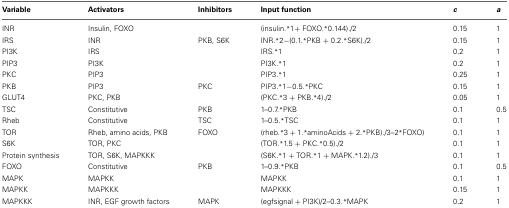
<table><thead><tr><td><b>Variable</b></td><td><b>Activators</b></td><td><b>Inhibitors</b></td><td><b>Input function</b></td><td><b><i>c</i></b></td><td><b><i>a</i></b></td></tr></thead><tbody><tr><td>INR</td><td>Insulin, FOXO</td><td></td><td>(insulin.<sup>*</sup>1+ FOXO.<sup>*</sup>0.144)./2</td><td>0.15</td><td>1</td></tr><tr><td>IRS</td><td>INR</td><td>PKB, S6K</td><td>INR.<sup>*</sup>2−(0.1.<sup>*</sup>PKB + 0.2.<sup>*</sup>S6K)./2</td><td>0.15</td><td>1</td></tr><tr><td>PI3K</td><td>IRS</td><td></td><td>IRS.<sup>*</sup>1</td><td>0.2</td><td>1</td></tr><tr><td>PIP3</td><td>PI3K</td><td></td><td>PI3K.<sup>*</sup>1</td><td>0.2</td><td>1</td></tr><tr><td>PKC</td><td>PIP3</td><td></td><td>PIP3.<sup>*</sup>1</td><td>0.25</td><td>1</td></tr><tr><td>PKB</td><td>PIP3</td><td>PKC</td><td>PIP3.<sup>*</sup>1−0.5.<sup>*</sup>PKC</td><td>0.15</td><td>1</td></tr><tr><td>GLUT4</td><td>PKC, PKB</td><td></td><td>(PKC.<sup>*</sup>3 + PKB.<sup>*</sup>4)./2</td><td>0.05</td><td>1</td></tr><tr><td>TSC</td><td>Constitutive</td><td>PKB</td><td>1–0.7.<sup>*</sup>PKB</td><td>0.1</td><td>0.5</td></tr><tr><td>Rheb</td><td>Constitutive</td><td>TSC</td><td>1–0.5.<sup>*</sup>TSC</td><td>0.1</td><td>1</td></tr><tr><td>TOR</td><td>Rheb, amino acids, PKB</td><td>FOXO</td><td>(rheb.<sup>*</sup>3 + 1.<sup>*</sup>aminoAcids + 2.<sup>*</sup>PKB)./3–2<sup>*</sup>FOXO)</td><td>0.1</td><td>1</td></tr><tr><td>S6K</td><td>TOR, PKC</td><td></td><td>(TOR.<sup>*</sup>1.5 + PKC.<sup>*</sup>0.5)./2</td><td>0.1</td><td>1</td></tr><tr><td>Protein synthesis</td><td>TOR, S6K, MAPKKK</td><td></td><td>(S6K.<sup>*</sup>1 + TOR.<sup>*</sup>1 + MAPK.<sup>*</sup>1.2)./3</td><td>0.1</td><td>1</td></tr><tr><td>FOXO</td><td>Constitutive</td><td>PKB</td><td>1–0.9.<sup>*</sup>PKB</td><td>0.1</td><td>0.5</td></tr><tr><td>MAPK</td><td>MAPKK</td><td></td><td>MAPKK</td><td>0.1</td><td>1</td></tr><tr><td>MAPKK</td><td>MAPKKK</td><td></td><td>MAPKKK</td><td>0.15</td><td>1</td></tr><tr><td>MAPKKK</td><td>INR, EGF growth factors</td><td>MAPK</td><td>(egfsignal + PI3K)/2–0.3.<sup>*</sup>MAPK</td><td>0.2</td><td>1</td></tr></tbody></table>